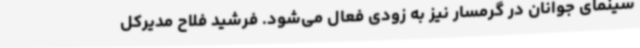
سینمای جوانان در گرمسار نیز به زودی فعال می‌شود. فرشید فلاح مدیرکل